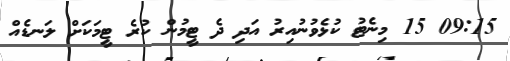
09:15 15 މިނެޓު ކުޅެވުނުއިރު އަދި ދެ ޓީމުން ކުރެ ޓީމަކަށް ލަނޑެއް